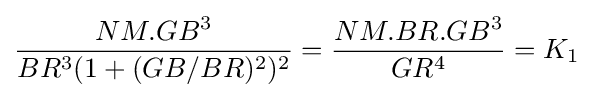
{\frac {NM.GB^{3}}{BR^{3}(1+(GB/BR)^{2})^{2}}}={\frac {NM.BR.GB^{3}}{GR^{4}}}=K_{1}